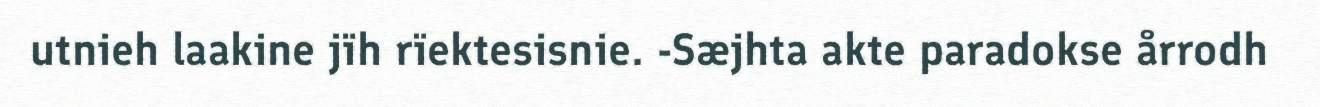
utnieh laakine jïh rïektesisnie. -Sæjhta akte paradokse årrodh